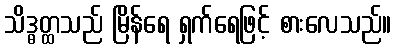
သိဒ္ဓတ္ထသည် မြိန်ရေ ရှက်ရေဖြင့် စားလေသည်။